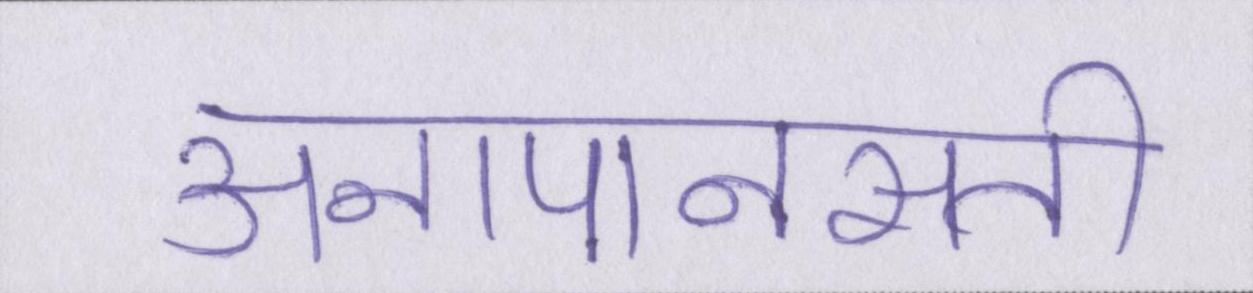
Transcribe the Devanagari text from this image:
अनापानसती